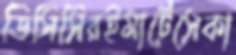
ডিসিসিরইমার্টেসেকা